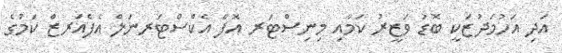
އަދި އަހުމަދުޒަކީ ބޮޑު ވަޒީރު ކަމާއި މިނިސްޓަރ އޮފް އެކްސްޓަރނަލް އެފެއަރޒް ކަމުގެ